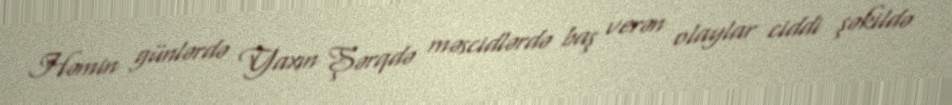
Həmin günlərdə Yaxın Şərqdə məscidlərdə baş verən olaylar ciddi şəkildə